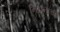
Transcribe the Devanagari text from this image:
निदानाची